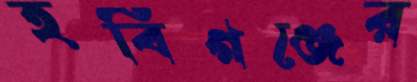
হবিগঞ্জের